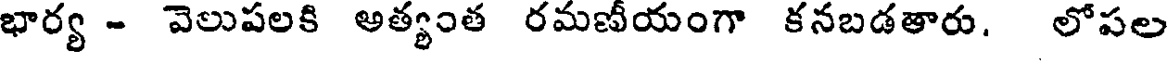
భార్య - వెలుపలకి అత్యంత రమణీయంగా కనబడతారు. లోపల